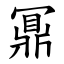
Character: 鼏